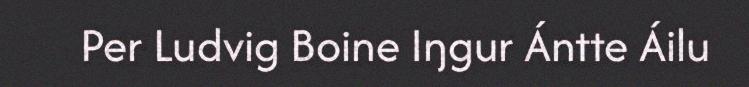
Per Ludvig Boine Iŋgur Ántte Áilu